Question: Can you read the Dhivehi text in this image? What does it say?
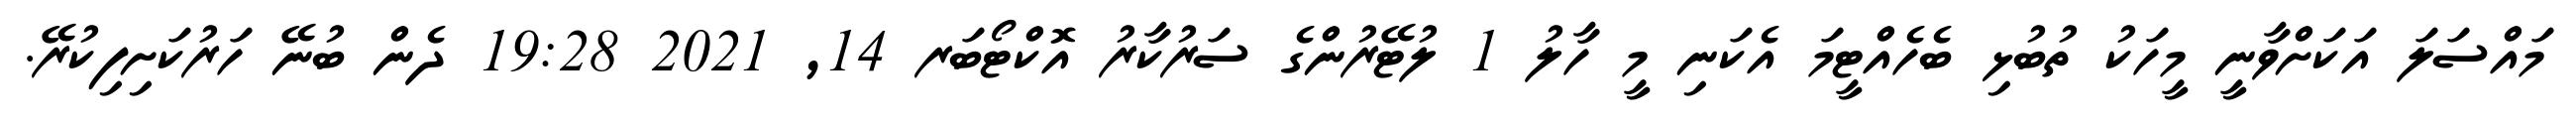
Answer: މައްސަލަ އަކަށްވާނީ މީހަކު ތުބުޅި ބެހެއްޓީމަ އެކަނި މީ ހާލު 1 ލުޓޭރުންގެ ސަރުކާރު އޮކްޓޯބަރ 14, 2021 19:28 ދެން ބުނޭ ހަރުކަށިފިކުރޭ.